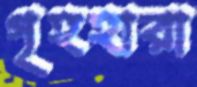
গৃহহারা